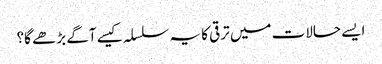
ایسے حالات میں ترقی کا یہ سلسلہ کیسے آگے بڑھے گا؟